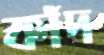
কাঁদ